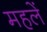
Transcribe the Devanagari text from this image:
महलें